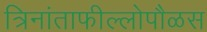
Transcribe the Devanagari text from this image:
त्रिनांताफील्लोपौळस